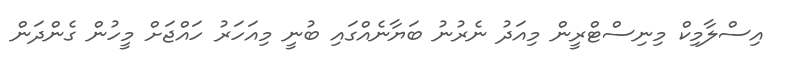
އިސްލާމިކް މިނިސްޓްރީން މިއަދު ނެރުނު ބަޔާނެއްގައި ބުނީ މިއަހަރު ހައްޖަށް މީހުން ގެންދަން